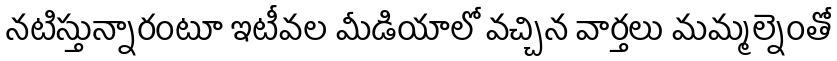
నటిస్తున్నారంటూ ఇటీవల మీడియాలో వచ్చిన వార్తలు మమ్మల్నెంతో